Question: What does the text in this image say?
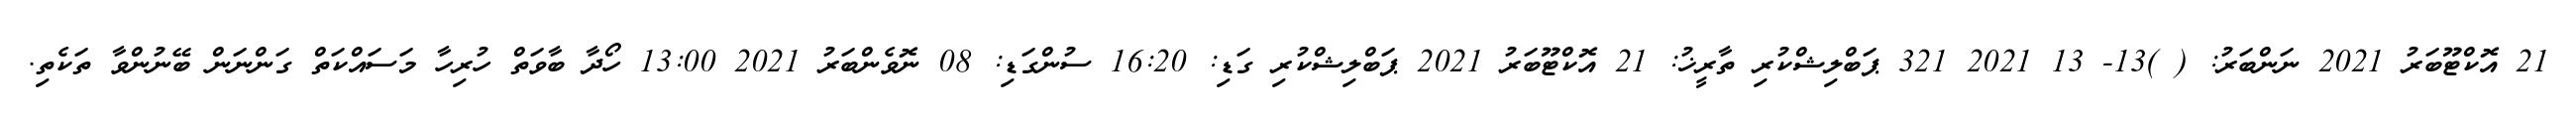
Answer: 21 އޮކްޓޫބަރު 2021 ނަންބަރު: ( )13- 13 2021 321 ޕަބްލިޝްކުރި ތާރީޚު: 21 އޮކްޓޫބަރު 2021 ޕަބްލިޝްކުރި ގަޑި: 16:20 ސުންގަޑި: 08 ނޮވެންބަރު 2021 13:00 ހޯދާ ބާވަތް ހުރިހާ މަސައްކަތް ގަންނަން ބޭނުންވާ ތަކެތި.